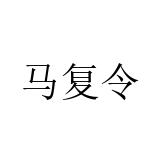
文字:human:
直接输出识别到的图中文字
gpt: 马复令